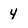
Character: 4